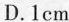
D.1cm